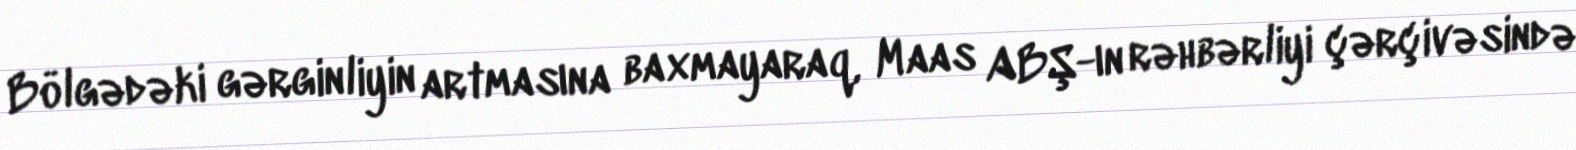
Bölgədəki gərginliyin artmasına baxmayaraq, Maas ABŞ-ın rəhbərliyi çərçivəsində